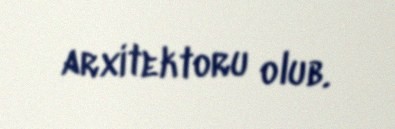
arxitektoru olub.